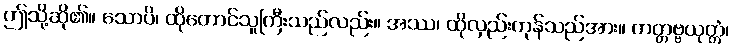
ဤသို့ဆို၏။ သောပိ၊ ထိုတောင်သူကြီးသည်လည်း။ အဿ၊ ထိုလှည်းကုန်သည်အား။ ကတ္တဗ္ဗယုတ္တံ၊